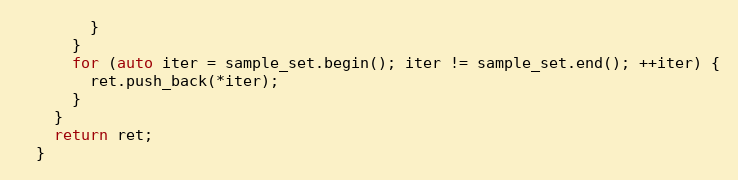
Language: C
        }
      }
      for (auto iter = sample_set.begin(); iter != sample_set.end(); ++iter) {
        ret.push_back(*iter);
      }
    }
    return ret;
  }